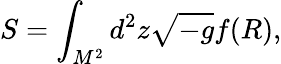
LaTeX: S=\int_{M^{2}}^{}d^{2}z\sqrt{-g}f(R),